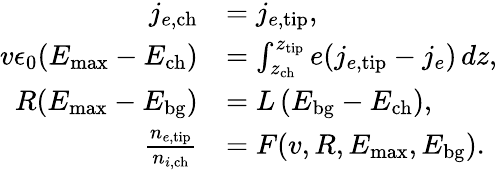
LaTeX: \begin{array}{rl}{j_{e,\mathrm{ch}}}&{=j_{e,\mathrm{tip}},}\\ {v\epsilon_{0}(E_{\mathrm{max}}-E_{\mathrm{ch}})}&{=\int_{z_{\mathrm{ch}}}^{z_{\mathrm{tip}}}e(j_{e,\mathrm{tip}}-j_{e})\, dz,}\\ {R(E_{\mathrm{max}}-E_{\mathrm{bg}})}&{=L\left(E_{\mathrm{bg}}-E_{\mathrm{ch}}\right),}\\ {\frac{n_{e,\mathrm{tip}}}{n_{i,\mathrm{ch}}}}&{=F(v,R,E_{\mathrm{max}},E_{\mathrm{bg}}).}\end{array}